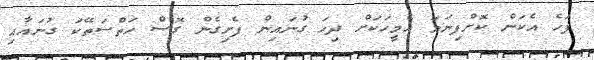
ފަހެ އެކަން ކޮށްފިނަމަ އެމީހަކަށް ދިހަ ގުނައިން ފެށިގެން ގޮސް ހަތްސަތޭކަ ގުނައާއި